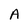
Character: A